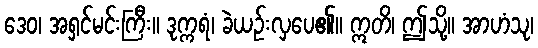
ဒေဝ၊ အရှင်မင်းကြီး။ ဒုက္ကရံ၊ ခဲယဉ်းလှပေ၏။ ဣတိ၊ ဤသို့။ အာဟံသု၊